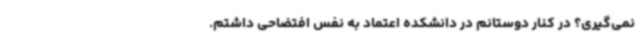
نمی‌گیری؟ در کنار دوستانم در دانشکده اعتماد به نفس افتضاحی داشتم.